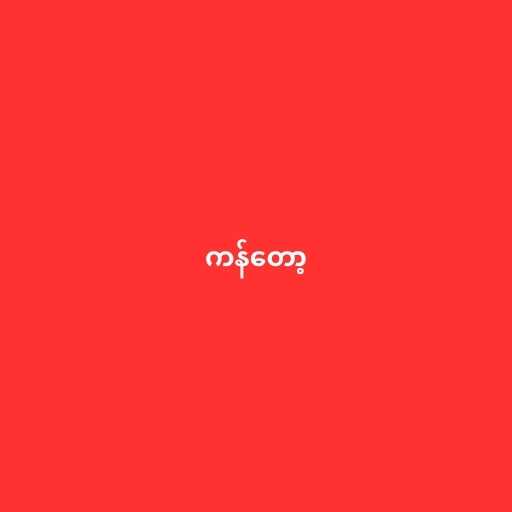
ကန်တော့